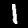
Digit: 1